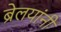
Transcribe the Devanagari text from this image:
ब्रेलयांनी